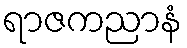
ရာဇကညာနံ